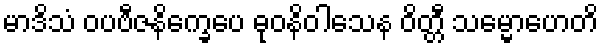
မာဒိသံ ဝပဗီဇနိက္ခေပေ ဓုဝနိဝါသေန ဝိတ္တီ သမ္မောဟေတိ